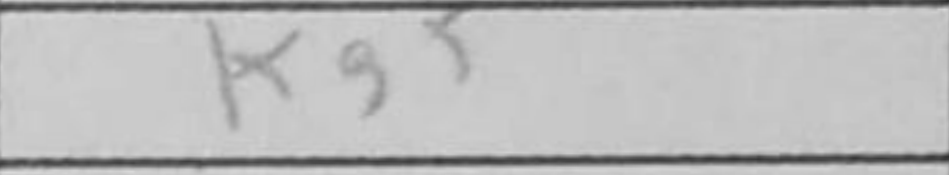
Transcription: Kg5